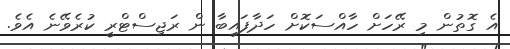
އެ ގޮތުން މި ރޭހަށް ހާއްސަކޮށް ހަދާފައިބާ ން ރަޖިސްޓްރީ ކުރެވޭނެ އެވެ.